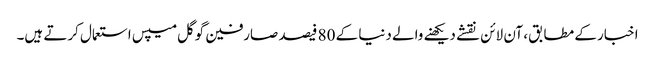
اخبار کے مطابق، آن لائن نقشے دیکھنے والے دنیا کے 80 فیصد صارفین گوگل میپس استعمال کرتے ہیں۔